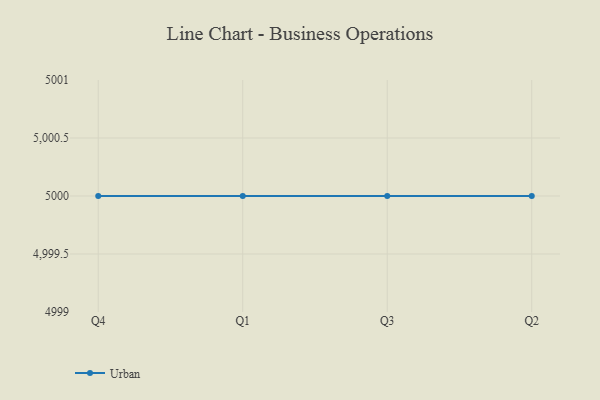
{"axis": {"x": "Quarter", "y": "Demand Index"}, "legend": ["Urban"], "data": [{"x": "Q4", "y": 5000, "type": "Urban"}, {"x": "Q1", "y": 5000, "type": "Urban"}, {"x": "Q3", "y": 5000, "type": "Urban"}, {"x": "Q2", "y": 5000, "type": "Urban"}]}